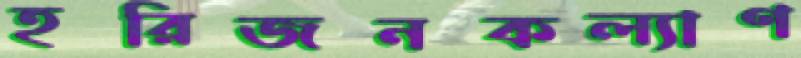
হরিজনকল্যাণ